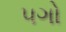
પગો